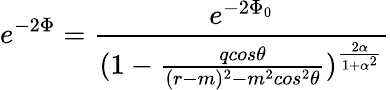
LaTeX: e^{-2\Phi}={\frac{e^{-2\Phi_{0}}}{(1-{\frac{qcos\theta}{(r-m)^{2}-m^{2}cos^{2}\theta}})^{\frac{2\alpha}{1+\alpha^{2}}}}}